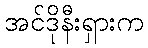
အင်ဒိုနီးရှားက